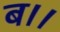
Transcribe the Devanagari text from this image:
ब।।